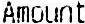
AMOUNT